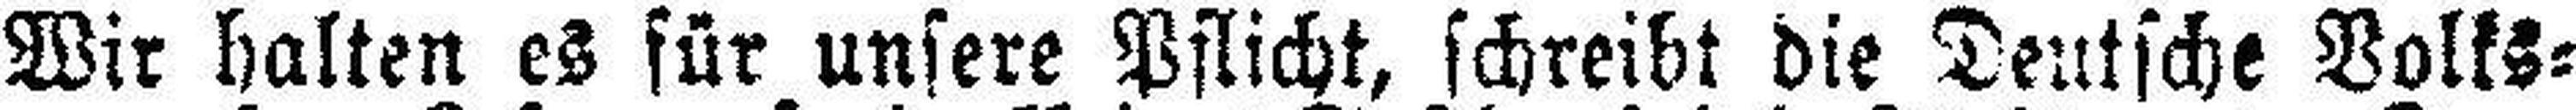
Wir halten es für unsere Pflicht, schreibt die Deutsche Volks¬